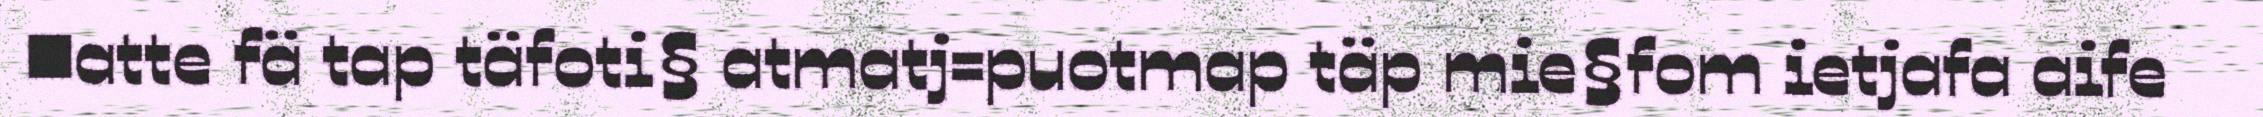
■atte fä tap täfoti§ atmatj=puotmap täp mie§fom ietjafa aife